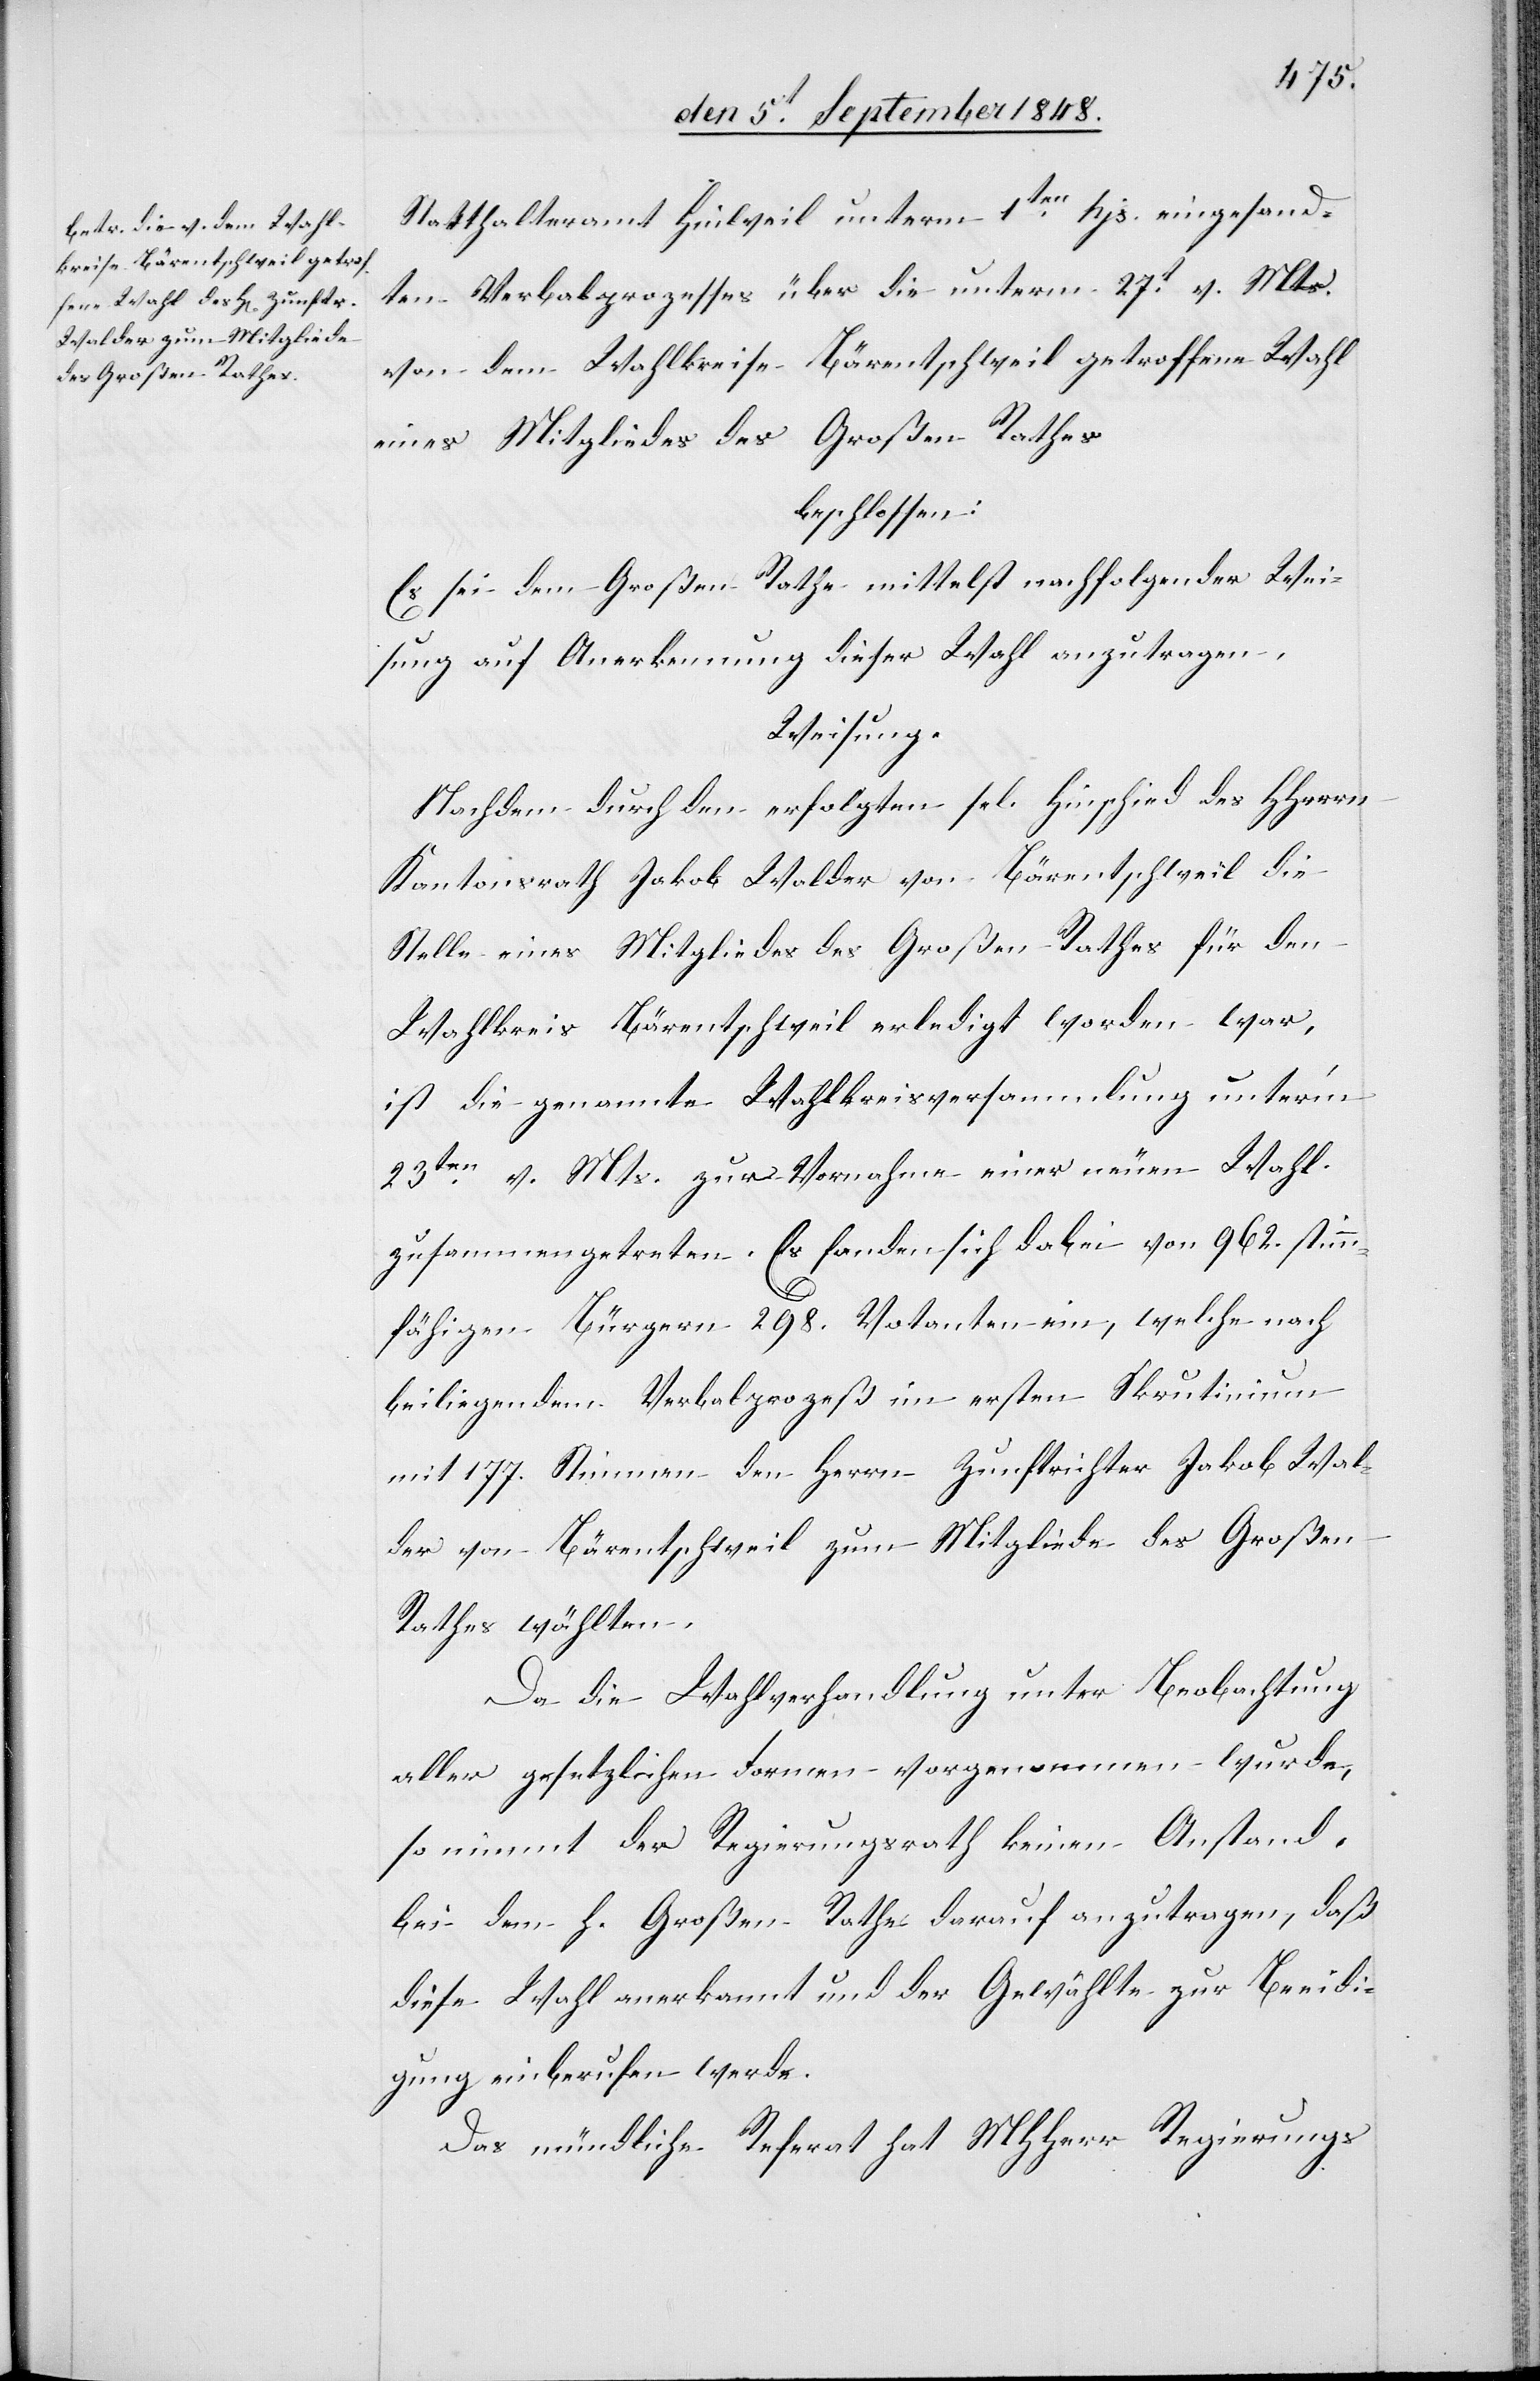
Statthalteramt Hinweil unterm 1ten hjs. eingesand¬
ten Verbalprozesses über die unterm 27t v. Mts.
von dem Wahlkreise Bärentschweil getroffene Wahl
eines Mitgliedes des Großen Rathes
beschlossen:
Es sei dem Großen Rathe mittelst nachfolgender Wei¬
sung auf Anerkennung dieser Wahl anzutragen.
Weisung.
Nachdem durch den erfolgten sel. Hinschied des HHerrn
Kantonsrath Jakob Walder von Bärentschweil die
Stelle eines Mitgliedes des Großen Rathes für den
Wahlkreis Bärentschweil erledigt worden war,
ist die genannte Wahlkreisversammlung unter’m
23ten v. Mts. zur Vornahme einer neuen Wahl
zusammengetreten. Es fanden sich dabei von 962. stimm¬
fähigen Bürgern 298. Votanten ein, welche nach
beiliegendem Verbalprozeß im ersten Skrutinium
mit 177. Stimmen den Herrn Zunftrichter Jakob Wal¬
der von Bärentschweil zum Mitgliede des Großen
Rathes wählten.
Da die Wahlverhandlung unter Beobachtung
aller gesetzlichen Formen vorgenommen wurde,
so nimmt der Regierungsrath keinen Anstand,
bei dem h. Großen Rathe darauf anzutragen, daß
diese Wahl anerkannt und der Gewählte zur Beeidi¬
gung einberufen werde.
Das mündliche Referat hat MHHerr Regierungs-